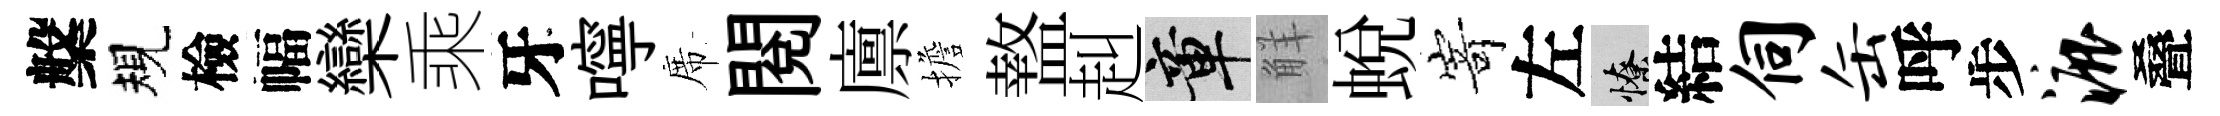
槃規檢幅欒乘牙嚀席閲廪擔盩赳章觧蛻𭔃左憭結伺缶呼步漉叠